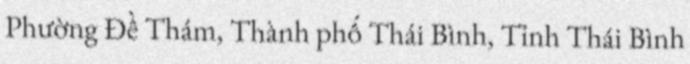
Phường Đề Thám, Thành phố Thái Bình, Tỉnh Thái Bình